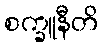
စက္ခူနီတိ